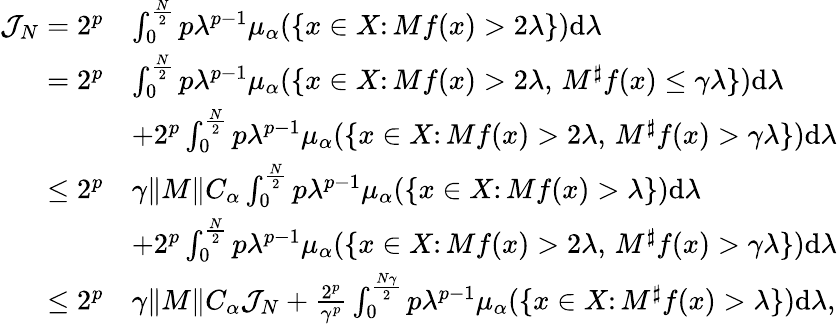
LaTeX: \begin{array}{rl}{\mathcal{J}_{N}=2^{p}}&{\int_{0}^{\frac N2}p\lambda^{p-1}\mu_{\alpha}(\{ x\in X\colon Mf(x)>2\lambda\} )\mathrm{d}\lambda}\\ {=2^{p}}&{\int_{0}^{\frac N2}p\lambda^{p-1}\mu_{\alpha}(\{ x\in X\colon Mf(x)>2\lambda,\, M^{\sharp}f(x)\leq\gamma\lambda\} )\mathrm{d}\lambda}\\ &{+2^{p}\int_{0}^{\frac N2}p\lambda^{p-1}\mu_{\alpha}(\{ x\in X\colon Mf(x)>2\lambda,\, M^{\sharp}f(x)>\gamma\lambda\} )\mathrm{d}\lambda}\\ {\leq 2^{p}}&{\gamma\| M\| C_{\alpha}\int_{0}^{\frac N2}p\lambda^{p-1}\mu_{\alpha}(\{ x\in X\colon Mf(x)>\lambda\} )\mathrm{d}\lambda}\\ &{+2^{p}\int_{0}^{\frac N2}p\lambda^{p-1}\mu_{\alpha}(\{ x\in X\colon Mf(x)>2\lambda,\, M^{\sharp}f(x)>\gamma\lambda\} )\mathrm{d}\lambda}\\ {\leq 2^{p}}&{\gamma\| M\| C_{\alpha}\mathcal{J}_{N}+\frac{2^{p}}{\gamma^{p}}\int_{0}^{\frac{N\gamma}2}p\lambda^{p-1}\mu_{\alpha}(\{ x\in X\colon M^{\sharp}f(x)>\lambda\} )\mathrm{d}\lambda,}\end{array}